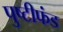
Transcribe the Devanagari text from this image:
पुष्टीफंड